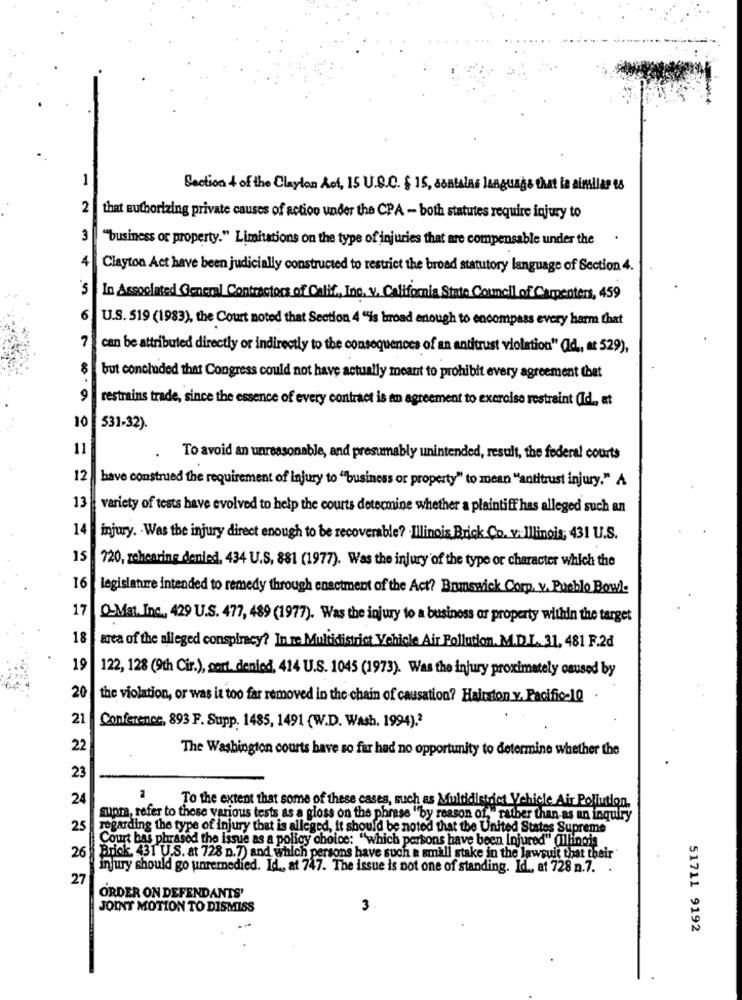
Section 4 of the Clayton Aof, 15 U.S.C. § 15, sontalas language that ia similar es
2
that authorizing private causes of action under the CPA - both statutes require injury to
3
"business or property." Limitations on the type of injuries that are compensable under the
4
Clayton Act have been judicially constructed to restrict the broad statutory language of Section 4.
5
In Associated General Contractors of Calif, Inc. V. California State Council of Carpenters, 459
6
U.S. 519 (1983), the Court noted that Section 4 "is broad enough to encompass every harm that
can be attributed directly or indirectly to the consequences of an antitrust violation" (Id ., at 529),
but concluded that Congress could not have actually meant to prohibit every agreement that
9
restrains trade, since the essence of every contract is an agreement to exercise restraint (Id ., at
10
531-32).
11
To avoid an unreasonable, and presumably unintended, result, the federal courts
12
have construed the requirement of injury to "business or property" to mean "antitrust injury." A
13
variety of tests have evolved to help the courts determine whether a plaintiff has alleged such an
14
injury. Was the injury direct enough to be recoverable? Illinois Brick Co. v. Illinois; 431 U.S.
15
720, zehearing denied, 434 U.S. 881 (1977). Was the injury of the type or character which the
16
legislature intended to remedy through enactment of the Act? Brunswick Corp. v. Pueblo Bowl.
17
O-Mat. Inc ., 429 U.S. 477, 489 (1977). Was the injury to a business or property within the target
18
area of the alleged conspiracy? In re. Multidistrict Vehicle Air Pollution. M.D.L. 31, 481 F.2d
19
122, 128 (9th Cir.), port denied. 414 U.S. 1045 (1973). Was the injury proximately caused by
20
the violation, or was it too far removed in the chain of causation? Hairston v. Pacific-10
21
Conference, 893 F. Supp. 1485, 1491 (W.D. Wash. 1994).2
22
The Washington courts have so far had no opportunity to determine whether the
23
24
To the extent that some of these cases, such as Multidistrict Vehicle Air Pollution.
supra, refer to these various tests as a gloss on the phrase "by reason of," rather than-as an inquiry
25
regarding the type of injury that is alleged, it should be noted that the United States Supreme
Court has phrased the issue as a policy choice: "which persons have been Injured" (Illinois
26
Brick. 431 U.S. at 728 p.7) and which persons have such a small stake in the lawsuit that their'
injury should go unremedied. Id ., at 747. The issue is not one of standing. Id ., at 728 n.7.
27
ORDER ON DEFENDANTS'
JOINT MOTION TO DISMISS
3
51711 9192